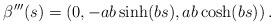
LaTeX: \begin{align*}\beta ^{\prime \prime \prime }(s)=\left( 0,-ab\sinh (bs),ab\cosh (bs)\right).\end{align*}